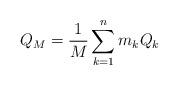
LaTeX: \begin{align*} Q_{M}=\frac{1}{M}\sum\limits_{k=1}^{n}m_{k}Q_{k} \end{align*}